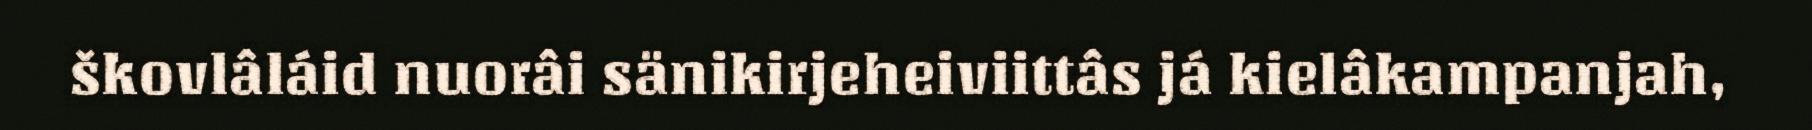
škovlâláid nuorâi sänikirjeheiviittâs já kielâkampanjah,